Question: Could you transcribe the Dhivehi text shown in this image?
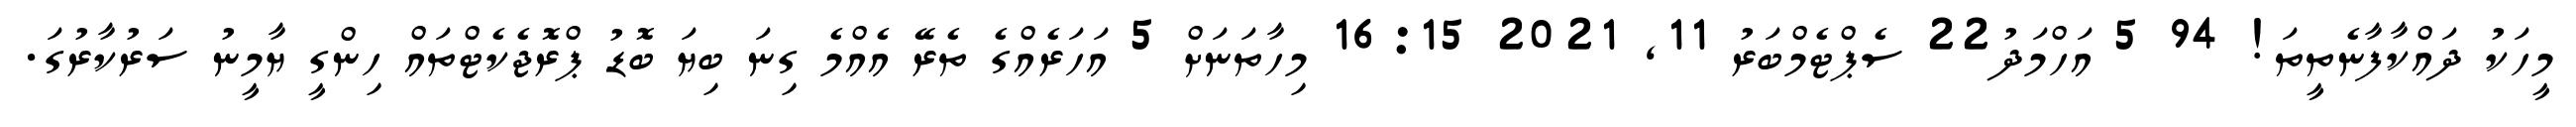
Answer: މީހަކު ދައްކާފާނެތީތަ! 94 5 އަހްމަދު22 ސެޕްޓެމްބަރު 11, 2021 16:15 މިހާތަނަށް 5 އަހަރެއްގެ ތެރޭ އެއްމެ ގިނަ ބިޔަ ބޮޑު ޕްރޮޖެކެޓްތައް ހިންގީ ޔާމީނު ސަރުކާރުގަ.